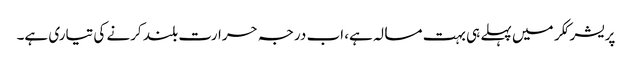
پریشر ککر میں پہلے ہی بہت مسالہ ہے، اب درجہ حرارت بلند کرنے کی تیاری ہے۔